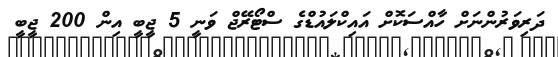
ދަރިވަރުންނަށް ހާއްސަކޮށް އައިކްލައުޑްގެ ސްޓޯރޭޖް ވަނީ 5 ޖީބީ އިން 200 ޖީބީ